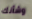
وشأنك